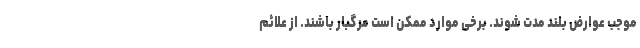
موجب عوارض بلند مدت شوند. برخی موارد ممکن است مرگبار باشند. از علائم